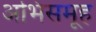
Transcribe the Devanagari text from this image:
अभिसमूह